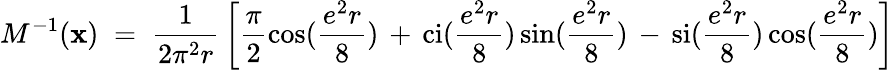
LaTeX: M^{-1}(\mathbf{x})\; =\; \frac{{1}}{{2\pi^{2}r}}\, \left[\frac{{\pi}}{{2}}\cos(\frac{{e^{2}r}}{{8}})\, +\, \mathrm{{ci}}(\frac{{e^{2}r}}{{8}})\sin(\frac{{e^{2}r}}{{8}})\, -\, \mathrm{{si}}(\frac{{e^{2}r}}{{8}})\cos(\frac{{e^{2}r}}{{8}})\right]